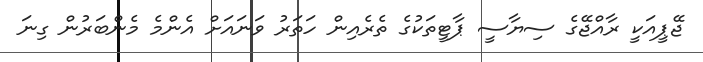
ޖޭޕީއަކީ ރާއްޖޭގެ ސިޔާސީ ޕާޓީތަކުގެ ތެރެއިން ހަތަރު ވަނައަށް އެންމެ މެންބަރުން ގިނަ